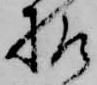
様